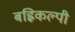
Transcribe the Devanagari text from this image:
बह्विकल्पी